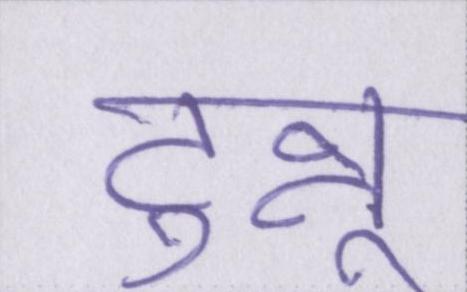
टुन्नू